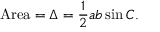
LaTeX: { \mathrm { A r e a } } = \Delta = { \frac { 1 } { 2 } } a b \sin C .